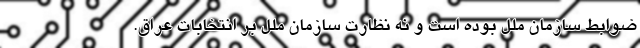
ضوابط سازمان ملل بوده است و نه نظارت سازمان ملل بر انتخابات عراق.